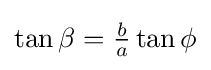
\textstyle {\tan \beta ={\frac {b}{a}}\tan \phi }\,\!